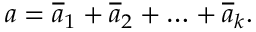
a = { \overline { { a } } _ { 1 } } + { \overline { { a } } _ { 2 } } + \ldots + { \overline { { a } } _ { k } } .